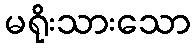
မရိုးသားသော